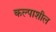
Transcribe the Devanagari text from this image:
कल्पाशील